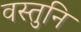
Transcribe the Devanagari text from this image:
वस्तुनि